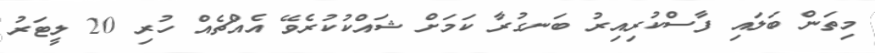
މިތަން ބަލައި ފާސްކުރިއިރު ބަނގުރާ ކަމަށް ޝައްކުކުރެވޭ އެއްޗެއް ހުރި 20 ލީޓަރު